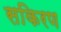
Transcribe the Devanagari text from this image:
सकिरण